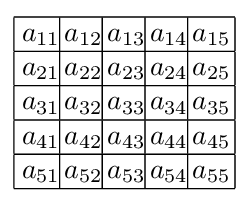
{\begin{array}{|c|c|c|c|c|}\hline \!\!\!\;a_{11}\!\!\!&\!\!a_{12}\!\!\!&\!\!a_{13}\!\!\!&\!\!a_{14}\!\!\!&\!\!a_{15}\!\!\\\hline \!\!\!\;a_{21}\!\!\!&\!\!a_{22}\!\!\!&\!\!a_{23}\!\!\!&\!\!a_{24}\!\!\!&\!\!a_{25}\!\!\\\hline \!\!\!\;a_{31}\!\!\!&\!\!a_{32}\!\!\!&\!\!a_{33}\!\!\!&\!\!a_{34}\!\!\!&\!\!a_{35}\!\!\\\hline \!\!\!\;a_{41}\!\!\!&\!\!a_{42}\!\!\!&\!\!a_{43}\!\!\!&\!\!a_{44}\!\!\!&\!\!a_{45}\!\!\\\hline \!\!\!\;a_{51}\!\!\!&\!\!a_{52}\!\!\!&\!\!a_{53}\!\!\!&\!\!a_{54}\!\!\!&\!\!a_{55}\!\!\\\hline \end{array}}